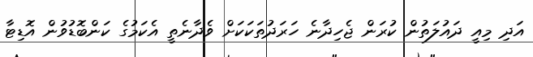
އަދި މިއީ ދައުލަތުން ކުރަން ޖެހިދާނެ ހަރަދުތަކަކަށް ވެދާނެތީ އެކަމުގެ ކަންބޮޑުވުން އޮޑިޓާ